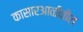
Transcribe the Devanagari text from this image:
कासारआळीतील